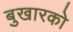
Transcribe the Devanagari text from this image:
बुखारको